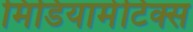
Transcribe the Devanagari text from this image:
मिडियामेटिक्स